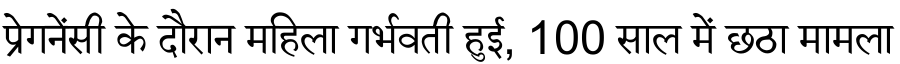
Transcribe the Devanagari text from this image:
प्रेगनेंसी के दौरान महिला गर्भवती हुई, 100 साल में छठा मामला